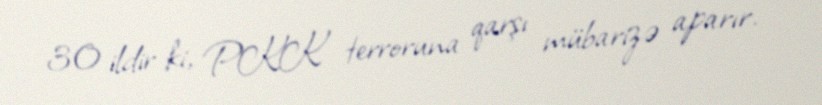
30 ildir ki, PKK terroruna qarşı mübarizə aparır.